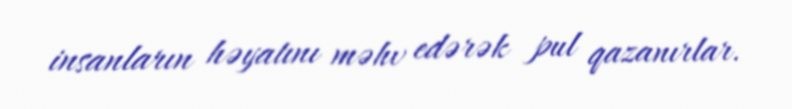
insanların həyatını məhv edərək pul qazanırlar.